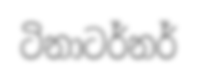
ටිනාටර්නර්